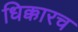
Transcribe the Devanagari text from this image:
धिक्कारच